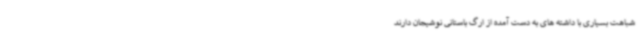
شباهت بسیاری با داشته های به دست آمده از ارگ باستانی نوشیجان دارند